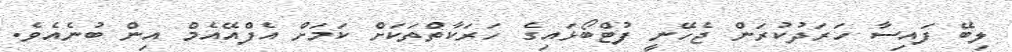
ލިބޭ ފައިސާ ހަރަދުކުރަން ޖެހޭނީ ފުޓްބޯޅައިގެ ހަރަކާތްތަކަށް ކަމަށް އެފްއޭއެމް އިން ބުނެއެވެ.